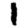
Digit: 1